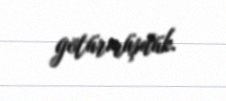
götürmüşdük.